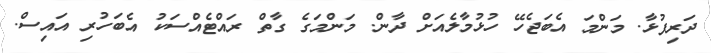
ދަރިފުޅާ. މަންމަ އެބަޖެހޭ ހުޅުމާލެއަށް ދާން. މަންމަގެ ގާތް ރައްޓެއްސަކު އެބަހުރި އައިސް.